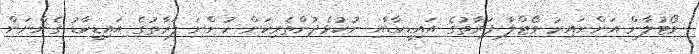
ވޯޓުލާން އަންނައިރު ވޯޓްލާ ފަރާތުގެ އައިޑީކާޑާއި ނުކުޅެދުންތެރިކަން ހުންނަ ފަރާތުގެ އައިޑީކާޑު ގެންނަން